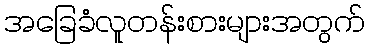
အခြေခံလူတန်းစားများအတွက်